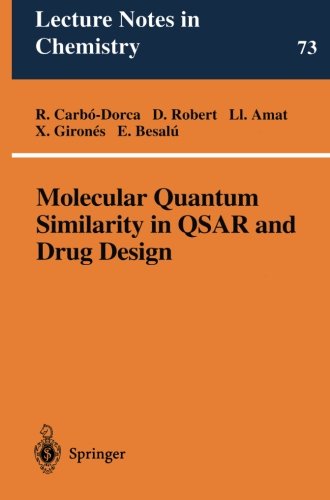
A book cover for Molecular Quantum Similarity in QSAR and Drug Design (Lecture Notes in Chemistry); Ramon CarbÃ³-Dorca; Medical Books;